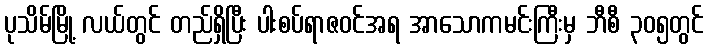
ပုသိမ်မြို့ လယ်တွင် တည်ရှိပြီး ပါးစပ်ရာဇဝင်အရ အာသောကမင်းကြီးမှ ဘီစီ ၃၀၅တွင်